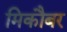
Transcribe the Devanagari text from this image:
मिकौबर